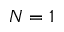
N = 1